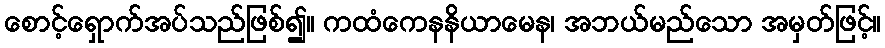
စောင့်ရှောက်အပ်သည်ဖြစ်၍။ ကထံကေနနိယာမေန၊ အဘယ်မည်သော အမှတ်ဖြင့်။